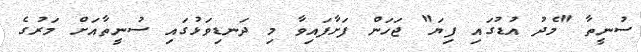
ސުނީތާ "މެދު އުޑުގައި ފިޔަ" ޖަހަން ފަށާފައިވާ މި ދަނޑިވަޅުގައި ސުނީތާއަށް މަރުގެ